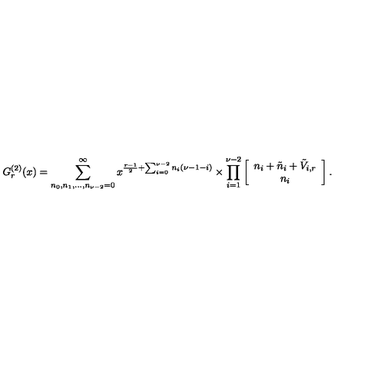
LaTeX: G _ { r } ^ { ( 2 ) } ( x ) = \sum _ { n _ { 0 } , n _ { 1 } , \ldots , n _ { \nu - 2 } = 0 } ^ { \infty } x ^ { \frac { r - 1 } { 2 } + \sum _ { i = 0 } ^ { \nu - 2 } n _ { i } ( \nu - 1 - i ) } \times \prod _ { i = 1 } ^ { \nu - 2 } \left[ \begin{array} { c } { n _ { i } + \tilde { n } _ { i } + \tilde { V } _ { i , r } } \\ { n _ { i } } \\ \end{array} \right] .